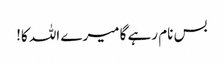
بس نام رہے گا میرے اللہ کا!